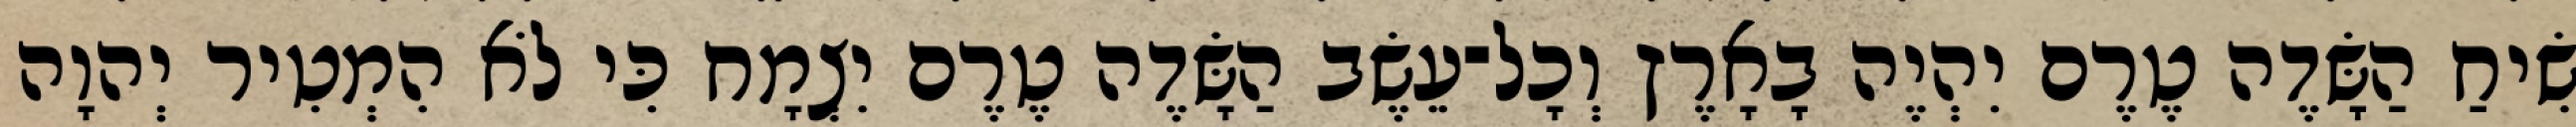
שִׂיחַ הַשָּׂדֶה טֶרֶם יִהְיֶה בָאָרֶץ וְכָל־עֵשֶׂב הַשָּׂדֶה טֶרֶם יִצְמָח כִּי לֹא הִמְטִיר יְהוָה